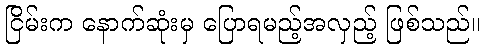
ငြိမ်းက နောက်ဆုံးမှ ပြောရမည့်အလှည့် ဖြစ်သည်။